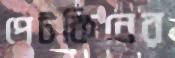
পেটকিনের